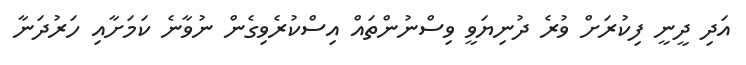
އަދި ދީނީ ފިކުރަށް ވުރެ ދުނިޔަވީ ވިސްނުންތައް އިސްކުރެވިގެން ނުވާނެ ކަމަށާއި ހަރުދަނާ